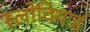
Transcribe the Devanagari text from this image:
स्लोवियाई